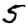
Digit: 5